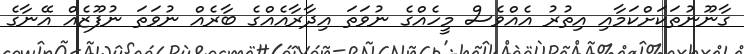
ގާނޫނުތަކަށްކަމާއި އިތުރު އެއްވެސް މީހެއްގެ ނުވަތަ އިދާރާއެއްގެ ބާރެއް ނުވަތަ ނުފޫޒެއް އޭނާގެ